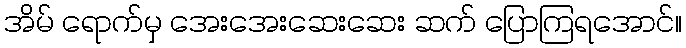
အိမ် ရောက်မှ အေးအေးဆေးဆေး ဆက် ပြောကြရအောင်။